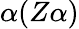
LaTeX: \alpha(Z\alpha)